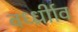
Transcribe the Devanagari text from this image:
वर्ध्ध्रीाव